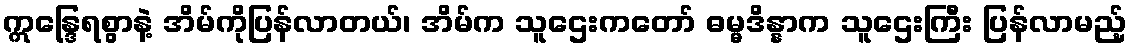
ဣန္ဒြေရစွာနဲ့ အိမ်ကိုပြန်လာတယ်၊ အိမ်က သူဌေးကတော် ဓမ္မဒိန္နာက သူဌေးကြီး ပြန်လာမည့်